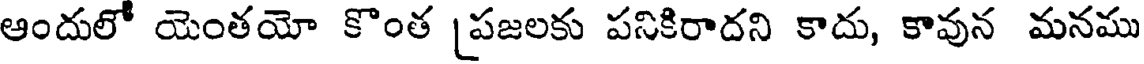
ఆందులో యెంతయో కొంత [పజలకు పనికిరాదని కాదు, కావున మనము